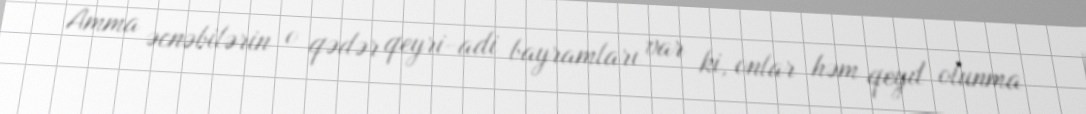
Amma əcnəbilərin o qədər qeyri-adi bayramları var ki, onlar həm qeyd olunma